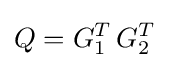
Q=G_{1}^{T}\,G_{2}^{T}